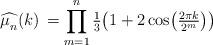
LaTeX: \begin{align*} \widehat{\mu^{}_{n}} (k) \, = \prod_{m=1}^{n} \tfrac{1}{3} \! \left( 1 + 2 \cos \bigl( \tfrac{2 \pi k}{2^m} \bigr) \right)\end{align*}